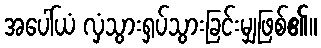
အပေါ်ယံ လှံသွားရှပ်သွားခြင်းမျှဖြစ်၏။